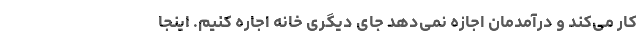
کار می‌کند و درآمدمان اجازه نمی‌دهد جای دیگری خانه اجاره کنیم. اینجا